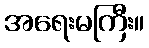
အရေးမကြီး။